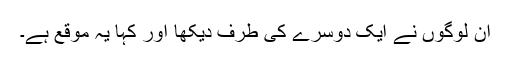
ان لوگوں نے ایک دوسرے کی طرف دیکھا اور کہا یہ موقع ہے۔